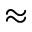
\approx